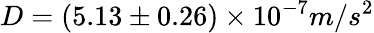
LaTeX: D=(5.13\pm 0.26)\times 10^{-7}m/s^{2}